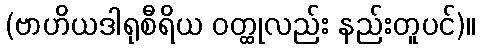
(ဗာဟိယဒါရုစီရိယ ဝတ္ထုလည်း နည်းတူပင်)။